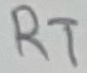
Text: RT